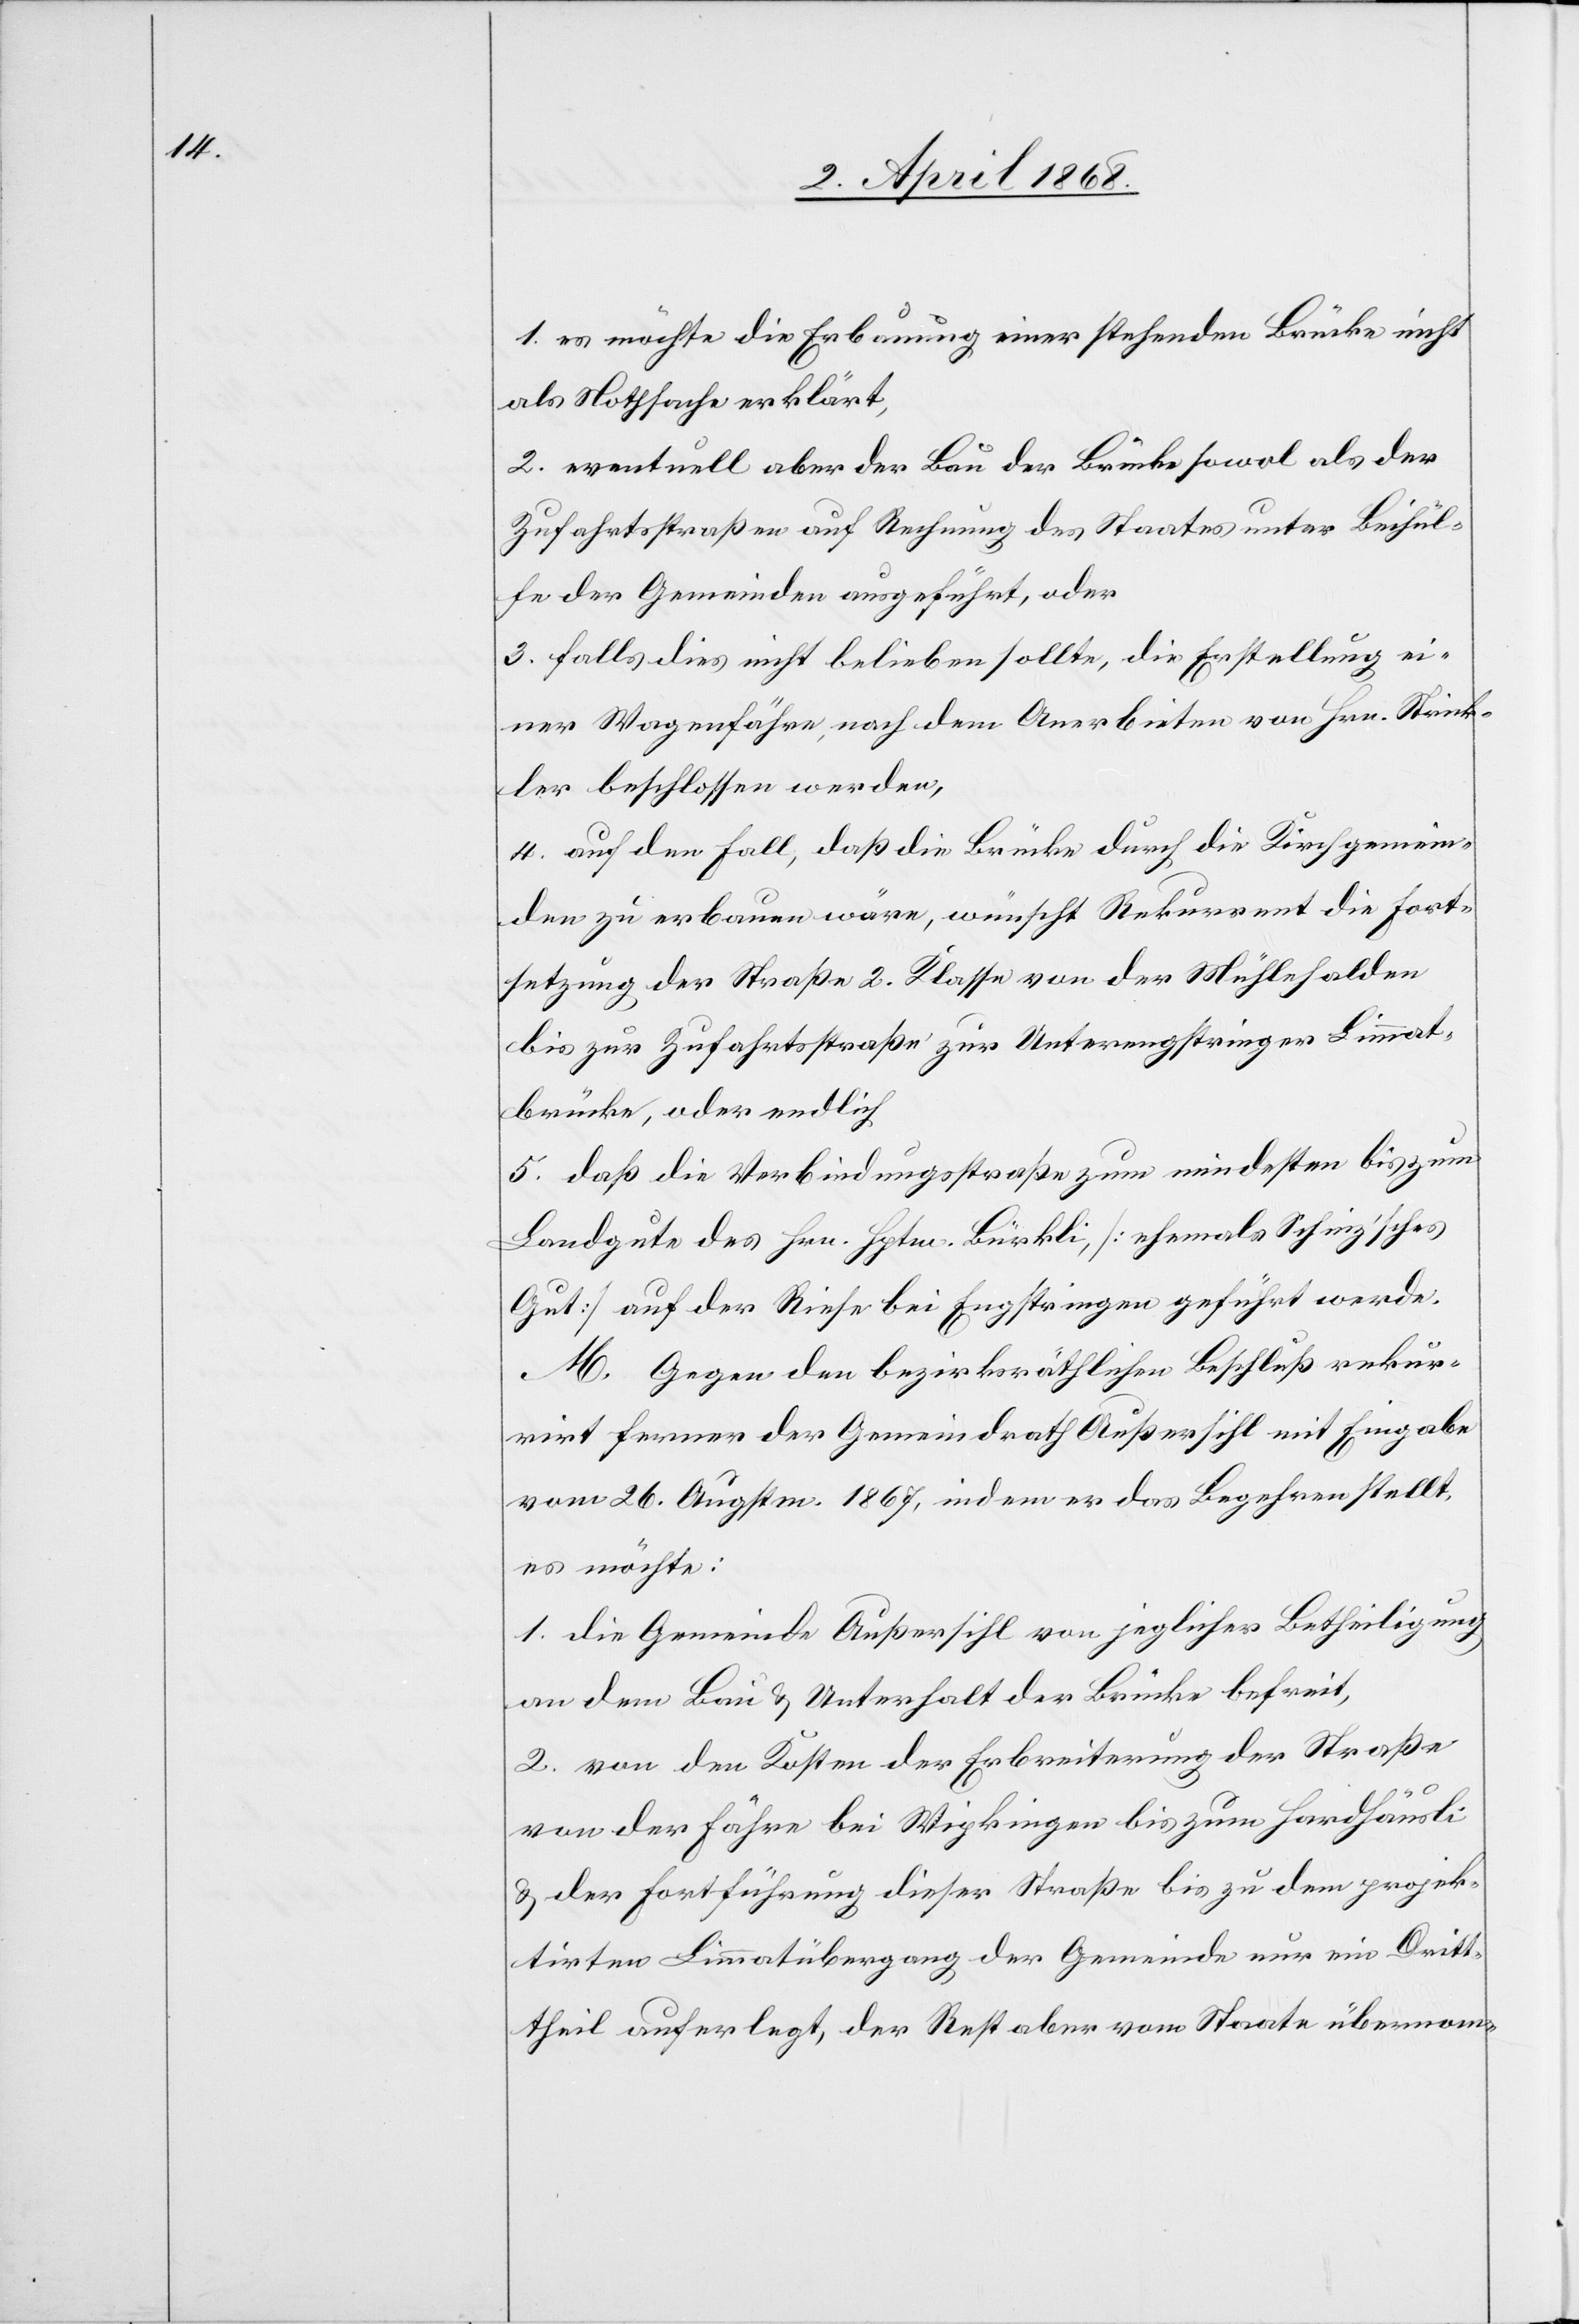
1. es möchte die Erbauung einer stehenden Brücke nicht
als Nothsache erklärt,
2. eventuell aber der Bau der Brücke sowol als der
Zufahrtsstraßen auf Rechnung des Staates unter Beihül¬
fe der Gemeinden ausgeführt, oder
3. falls dies nicht belieben sollte, die Erstellung ei¬
ner Wagenfähre, nach dem Anerbieten von Hrn. Strick¬
ler beschlossen werden,
4. auf den Fall, daß die Brücke durch die Kirchgemein¬
den zu erbauen wäre, wünscht Rekurrent die Fort¬
setzung der Straße 2. Klasse von der Mühlehalden
bis zur Zufahrtsstraße zur Unterengstringer Limmat¬
brücke, oder endlich
5. daß die Verbindungsstraße zum mindesten bis zum
Landgute des Hrn. Hptm. Bürkli, [ehemals Schinz’sches
Gut] auf der Riese bei Engstringen geführt werde.
M. Gegen den bezirksräthlichen Beschluß rekur¬
rirt ferner der Gemeindrath Außersihl mit Eingabe
vom 26. Augstm. 1867, indem er das Begehren stellt,
es möchte:
1. die Gemeinde Außersihl von jeglicher Betheiligung
an dem Bau & Unterhalt der Brücke befreit,
2. von den Kosten der Erbreiterung der Straße
von der Fähre bei Wipkingen bis zum Hardhäusli
& der Fortführung dieser Straße bis zu dem projek¬
tirten Limmatübergang der Gemeinde nur ein Dritt¬
theil auferlegt, der Rest aber vom Staate übernom-